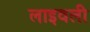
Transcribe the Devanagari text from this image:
लाइवली